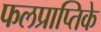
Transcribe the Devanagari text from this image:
फलप्राप्तिके